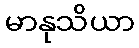
မာနုသိယာ